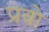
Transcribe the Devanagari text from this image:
प्रवो